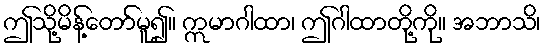
ဤသို့မိန့်တော်မူ၍။ ဣမာဂါထာ၊ ဤဂါထာတို့ကို။ အဘာသိ၊